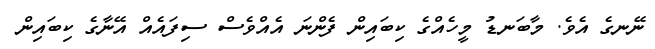
ނޭނގެ އެވެ. މާބަނޑު މީހެއްގެ ކިބައިން ފެންނަ އެއްވެސް ސިފައެެއް އޭނާގެ ކިބައިން